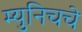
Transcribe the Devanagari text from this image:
म्युनिचचे